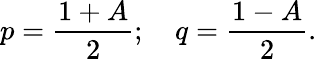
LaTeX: p=\frac{1+A}{2};\quad q=\frac{1-A}{2}.